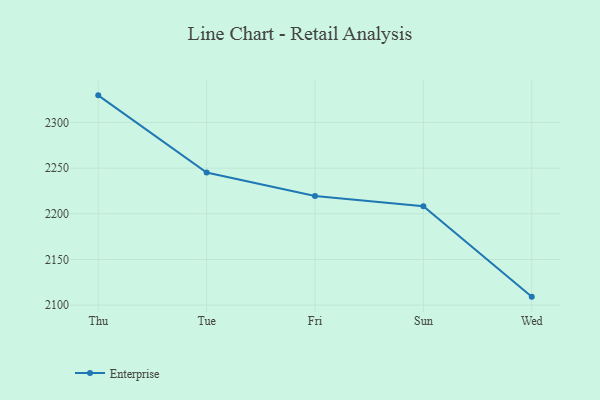
{"axis": {"x": "Day", "y": "Latency (ms)"}, "legend": ["Enterprise"], "data": [{"x": "Thu", "y": 2329.6, "type": "Enterprise"}, {"x": "Tue", "y": 2245.2, "type": "Enterprise"}, {"x": "Fri", "y": 2219.5, "type": "Enterprise"}, {"x": "Sun", "y": 2208.2, "type": "Enterprise"}, {"x": "Wed", "y": 2109.3, "type": "Enterprise"}]}